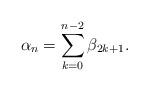
LaTeX: \begin{align*}\alpha_n=\sum_{k=0}^{n-2}\beta_{2k+1}.\end{align*}